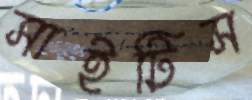
সাইটিস